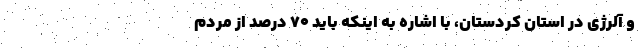
و آلرژی در استان کردستان، با اشاره به اینکه باید ۷۰ درصد از مردم